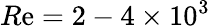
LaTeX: R\mathrm{e}=2-4\times10^{3}